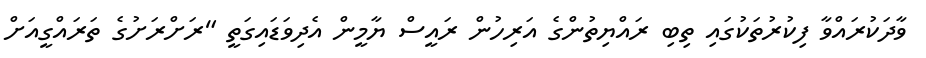
ވާދަކުރައްވާ ފިކުރުތަކުގައި ތިބި ރައްޔިތުންގެ އަރިހުން ރައީސް ޔާމީން އެދިވަޑައިގަތީ "ރަށްރަށުގެ ތަރައްގީއަށް